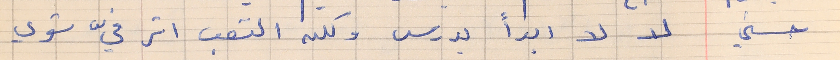
حسني       لا لا ابداً بدرس ولكن التعب اثر فيّ شوي